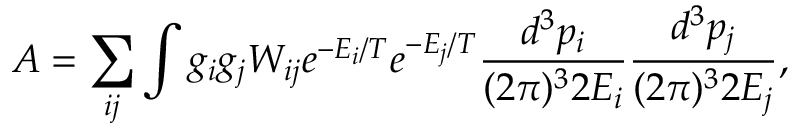
A = \sum _ { i j } \int g _ { i } g _ { j } W _ { i j } e ^ { - E _ { i } / T } e ^ { - E _ { j } / T } \frac { d ^ { 3 } p _ { i } } { ( 2 \pi ) ^ { 3 } 2 E _ { i } } \frac { d ^ { 3 } p _ { j } } { ( 2 \pi ) ^ { 3 } 2 E _ { j } } ,